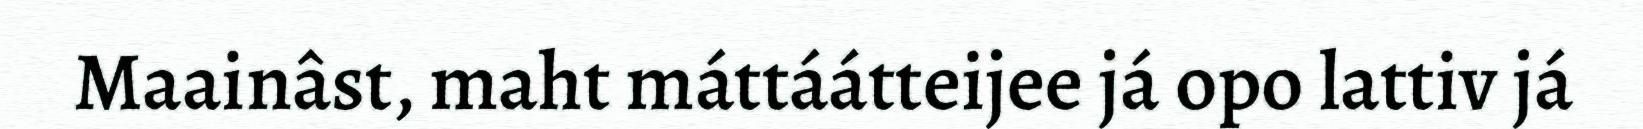
Maainâst, maht máttáátteijee já opo lattiv já